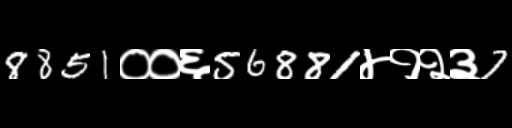
Text: 8851००६56881४१२३7